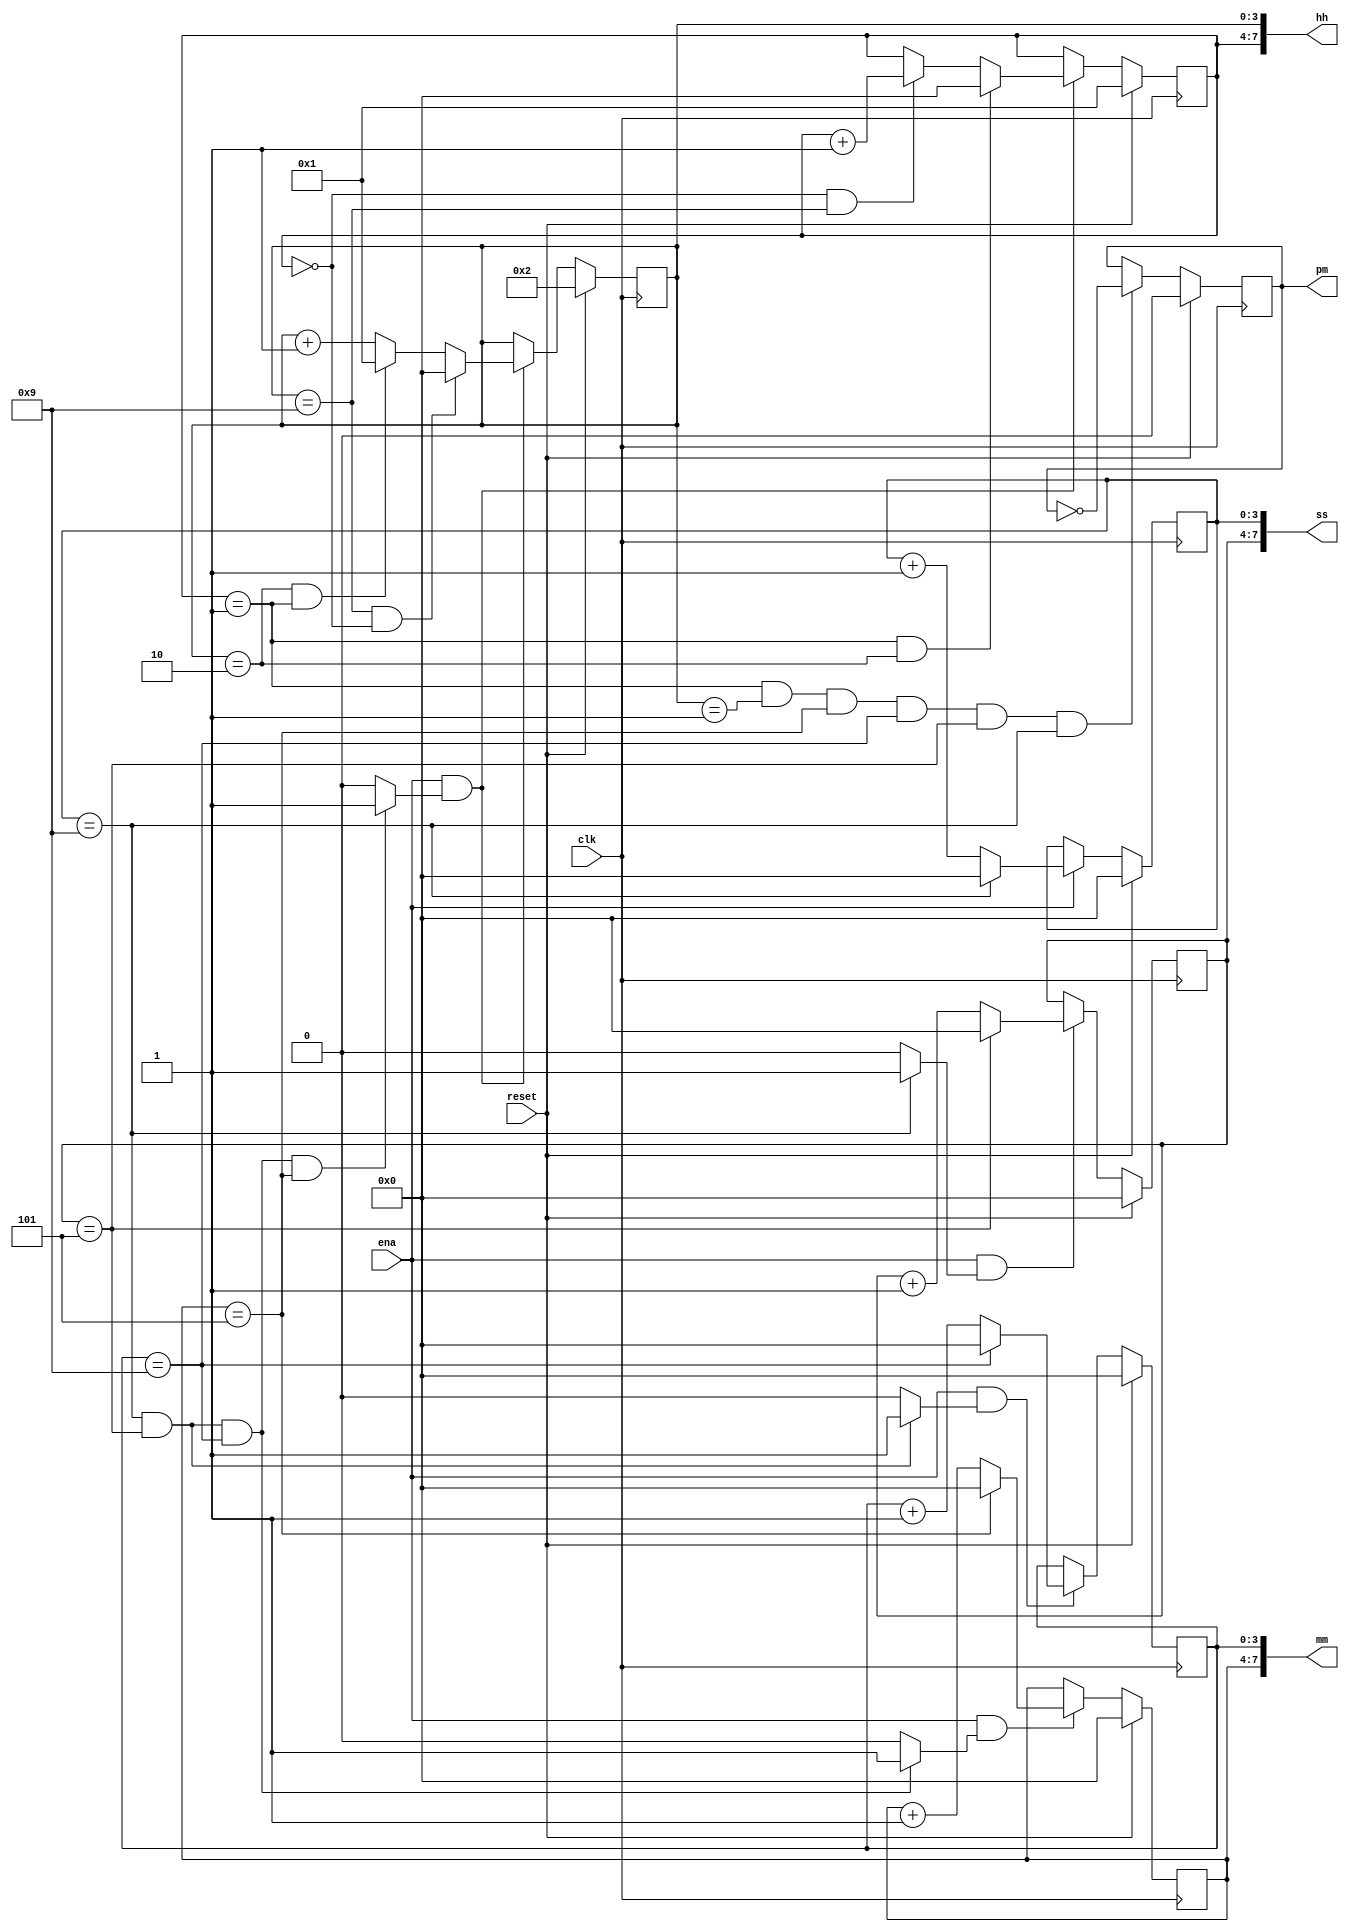
module top_module(
    input clk,
    input reset,
    input ena,
    output pm,
    output [7:0] hh,
    output [7:0] mm,
    output [7:0] ss); 

    reg [3:0] hh1, hh2;//store the hours
    reg [3:0] mm1, mm2;//store the minutes
    reg [3:0] ss1, ss2;//store the seconds
    reg [3:0] aft;
    
    //pm
    always@(posedge clk) begin
        if(reset)
            pm <= 1'b0;
        else if(hh1 == 4'd1 && hh2 == 4'd1 && mm1 == 4'd5 && mm2 == 4'd9 && ss1 == 4'd5 && ss2 == 4'd9)
            pm <= ~pm;
    end
    
    //seconds
    always@ (posedge clk) begin
        if(reset)
            ss2 <= 4'd0;
        else if(ena) begin
            if(ss2 == 4'd9)
                ss2 <= 4'd0;
            else
                ss2 <= ss2 + 1'b1;
        end
    end
    
    assign aft[0] = (ss2 == 4'd9) ? 1'b1 : 1'b0;
    
    always@ (posedge clk) begin
        if(reset)
            ss1 <= 4'd0;
        else if(ena & aft[0]) begin
            if(ss1 == 4'd5)
                ss1 <= 4'd0;
            else
                ss1 <= ss1 + 1'b1;
        end
        else ss1 <= ss1;
    end
    
    assign aft[1] = (ss2 == 4'd9 && ss1 == 4'd5) ? 1'b1 : 1'b0;
    
    always@ (posedge clk) begin
        if(reset)
            mm2 <= 4'd0;
        else if(ena & aft[1]) begin
            if(mm2 == 4'd9)
                mm2 <= 4'd0;
            else
                mm2 <= mm2 + 1'b1;
        end
        else
            mm2 <= mm2;
    end
    
    assign aft[2] = (ss2 == 4'd9 && ss1 == 4'd5 && mm2 == 4'd9) ? 1'b1 : 1'b0;
    
    always@ (posedge clk) begin
        if(reset)
            mm1 <= 4'd0;
        else if(ena & aft[2]) begin
            if(mm1 == 4'd5)
                mm1 <= 4'd0;
            else
                mm1 <= mm1 + 1'b1;
        end
        else
            mm1 <= mm1;
    end    
    
    assign aft[3] = (ss2 == 4'd9 && ss1 == 4'd5 && mm2 == 4'd9 && mm1 == 4'd5) ? 1'b1 : 1'b0;
    
    always@(posedge clk) begin
        if(reset)
            hh2 <= 4'd2;
        else if(ena & aft[3]) begin
            if((hh2 == 4'd9)&&(hh1 == 4'd0))
                hh2 <= 4'd0;
            else if(hh2 == 4'd2 && hh1 == 4'd1)
                hh2 <= 4'd1;
            else
                hh2 <= hh2 + 1'b1;
        end
        else
            hh2 <= hh2;

    end
    
    always@(posedge clk) begin
        if(reset)
            hh1 <= 4'd1;
        else if(ena & aft[3]) begin
            if(hh1 == 4'd1 & hh2 == 4'd2) 
                hh1 <= 4'd0;
            else if(hh1 == 4'd0 & hh2 == 4'd9)
                hh1 <= hh1 + 1'b1;
        end
        else
            hh1 <= hh1;
    end
    
    assign hh = {hh1, hh2};
    assign mm = {mm1, mm2};
    assign ss = {ss1, ss2};
    
endmodule